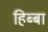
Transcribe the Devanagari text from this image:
हिब्बा